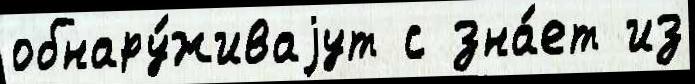
обнару́живаjут с зна́ет из